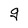
Character: g